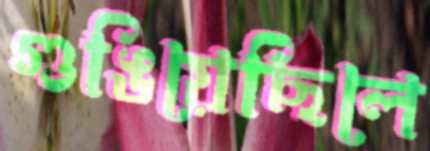
গুঙিয়েছিলে